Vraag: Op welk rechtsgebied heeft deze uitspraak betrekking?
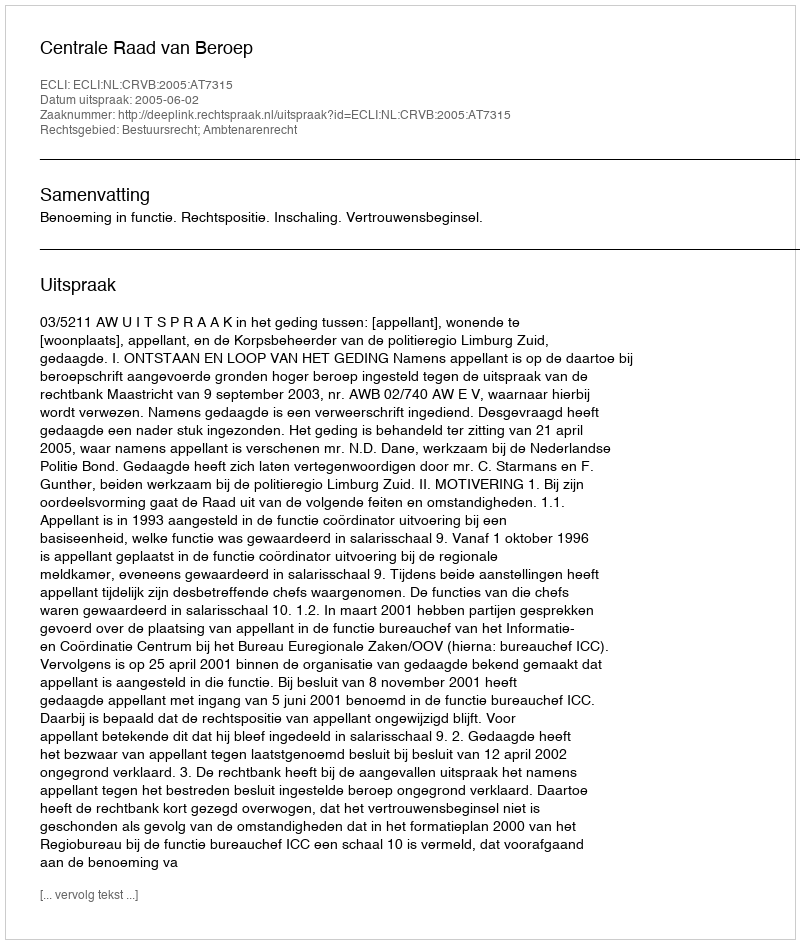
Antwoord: Bestuursrecht; Ambtenarenrecht